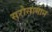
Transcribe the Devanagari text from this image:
सरोसामान